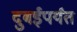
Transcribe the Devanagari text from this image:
दुबईपर्यंत